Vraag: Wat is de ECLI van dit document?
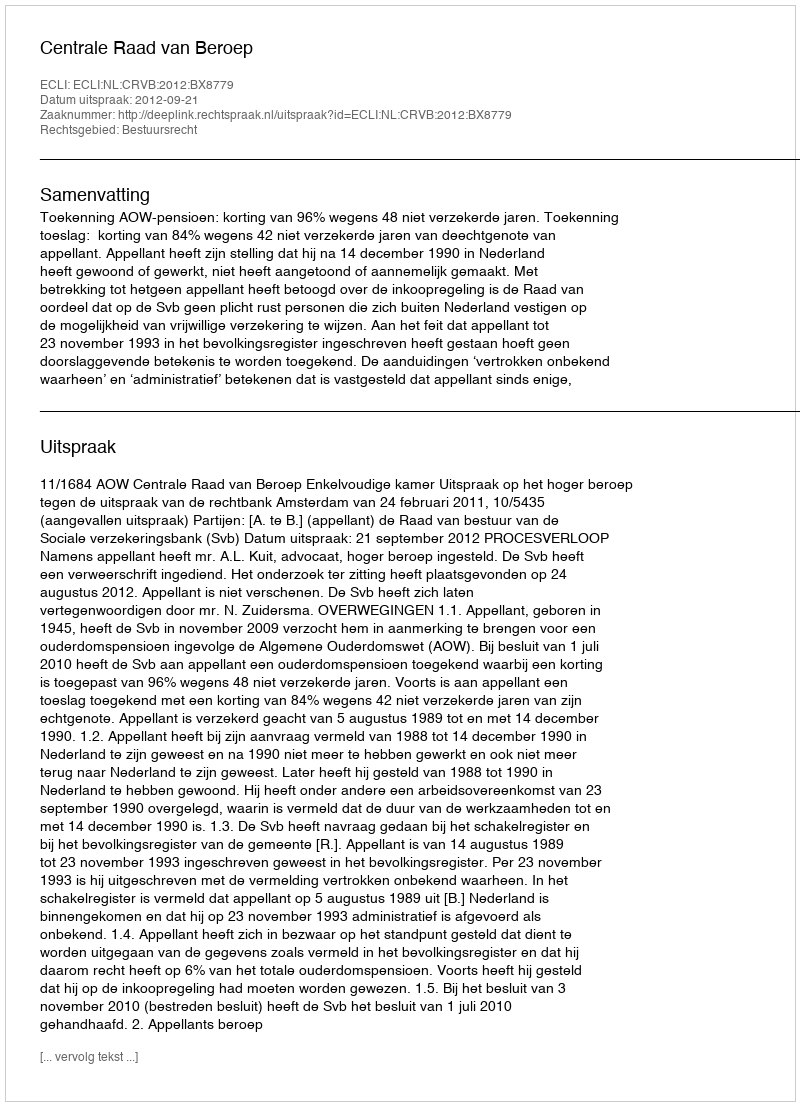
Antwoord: ECLI:NL:CRVB:2012:BX8779